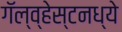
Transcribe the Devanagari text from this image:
गॅल्व्हेस्टनध्ये